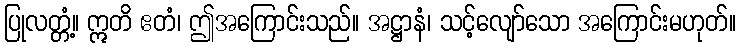
ပြုလတ္တံ့။ ဣတိ ဧတံ၊ ဤအကြောင်းသည်။ အဋ္ဌာနံ၊ သင့်လျော်သော အကြောင်းမဟုတ်။